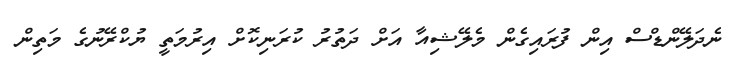
ނެދަލޭންޑްސް އިން ފުރައިގެން މެލޭޝިއާ އަށް ދަތުރު ކުރަނިކޮށް އިރުމަތީ ޔުކްރޭނުގެ މަތިން